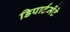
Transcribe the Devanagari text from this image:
डिपार्टमेंटे